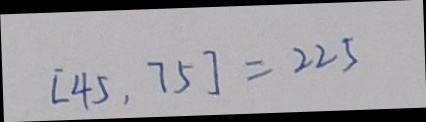
[ 4 5 , 7 5 ] = 2 2 5